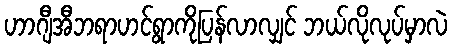
ဟာဂျီအီဘရာဟင်ရွာကိုပြန်လာလျှင် ဘယ်လိုလုပ်မှာလဲ